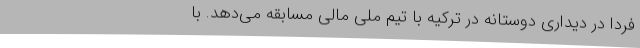
فردا در دیداری دوستانه در ترکیه با تیم ملی مالی مسابقه می‌دهد. با